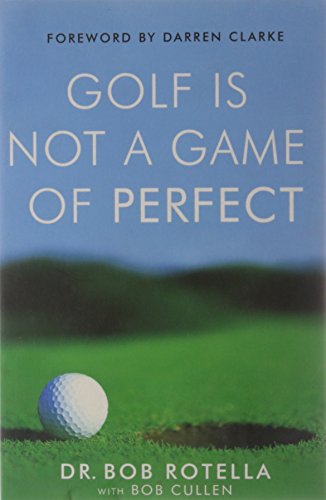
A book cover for Golf is Not a Game of Perfect; Bob Rotella; Medical Books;